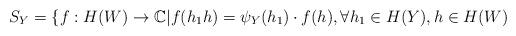
LaTeX: \begin{align*} S_Y = \{ f: H(W)\rightarrow \mathbb{C}| f(h_1h) = \psi_Y(h_1)\cdot f(h), \forall h_1\in H(Y), h\in H(W) \end{align*}